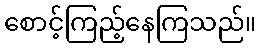
စောင့်ကြည့်နေကြသည်။